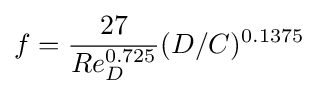
{f={27 \over Re_{D}^{0.725}}(D/C)^{0.1375}}